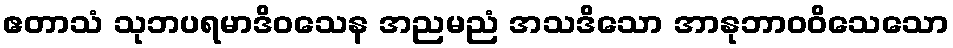
ဧတာသံ သုဘပရမာဒိဝသေန အညမညံ အသဒိသော အာနုဘာဝဝိသေသော